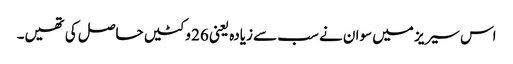
اس سیریز میں سوان نے سب سے زیادہ یعنی 26 وکٹیں حاصل کی تھیں۔